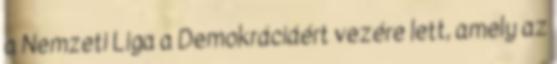
a Nemzeti Liga a Demokráciáért vezére lett, amely az